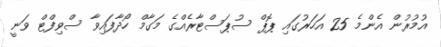
އުމުރުން އެންމެ 25 އަހަރުގައި ޕޮޕް ސުޕަސްޓާރެއްގެ މަގާމް ހޯދާފައިވާ ސްވިފްޓް ވަނީ